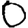
Digit: 0